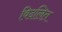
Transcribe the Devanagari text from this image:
विदलित